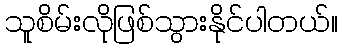
သူစိမ်းလိုဖြစ်သွားနိုင်ပါတယ်။